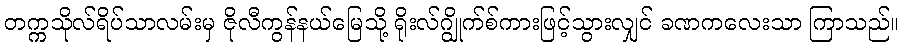
တက္ကသိုလ်ရိပ်သာလမ်းမှ ဇိုလီကွန်နယ်မြေသို့ ရိုးလ်ဂျွိုက်စ်ကားဖြင့်သွားလျှင် ခဏကလေးသာ ကြာသည်။